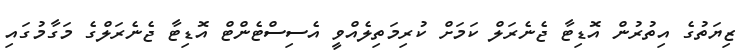
ޒިޔަތުގެ އިތުރުން އޮޑިޓާ ޖެނެރަލް ކަމަށް ކުރިމަތިލެއްވީ އެސިސްޓެންޓް އޮޑިޓާ ޖެނެރަލްގެ މަގާމުގައި